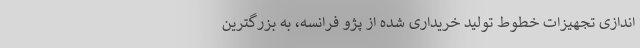
اندازی تجهیزات خطوط تولید خریداری شده از پژو فرانسه، به بزرگترین